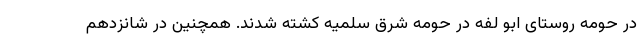
در حومه روستای ابو لفه در حومه شرق سلمیه کشته شدند. همچنین در شانزدهم